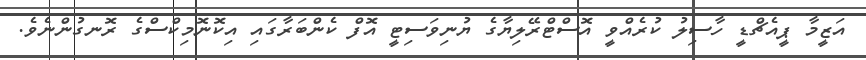
އަޒީމާ ޕީއެޗްޑީ ހާސިލު ކުރެއްވީ އޮސްޓްރޭލިޔާގެ ޔުނިވަސިޓީ އޮފް ކެންބަރާގައި އިކޮނޮމިކްސްގެ ރޮނގުންނެވެ.